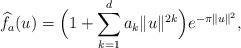
LaTeX: \begin{align*}\widehat f_a(u) = \Big(1 + \sum_{k=1}^d a_k \|u\|^{2k}\Big) e^{-\pi \|u\|^2},\end{align*}